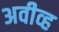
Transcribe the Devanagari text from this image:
अवीव्ह